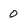
Character: 0